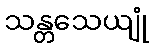
သန္တသေယျုံ